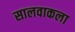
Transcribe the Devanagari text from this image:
सालवाकला